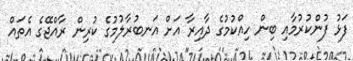
ފަޅު ފުންކުރުމާއި ބިން ހިއްކުމުގެ ދާއިރާ އަށް އަނބުރާލުމުގެ ކުރިން ރާއްޖޭގެ އެތައް